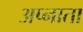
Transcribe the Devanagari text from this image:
अप्नाता